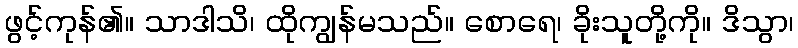
ဖွင့်ကုန်၏။ သာဒါသိ၊ ထိုကျွန်မသည်။ စောရေ၊ ခိုးသူတို့ကို။ ဒိသွာ၊